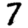
Digit: 7